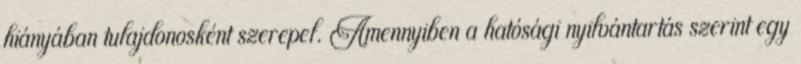
hiányában tulajdonosként szerepel. Amennyiben a hatósági nyilvántartás szerint egy